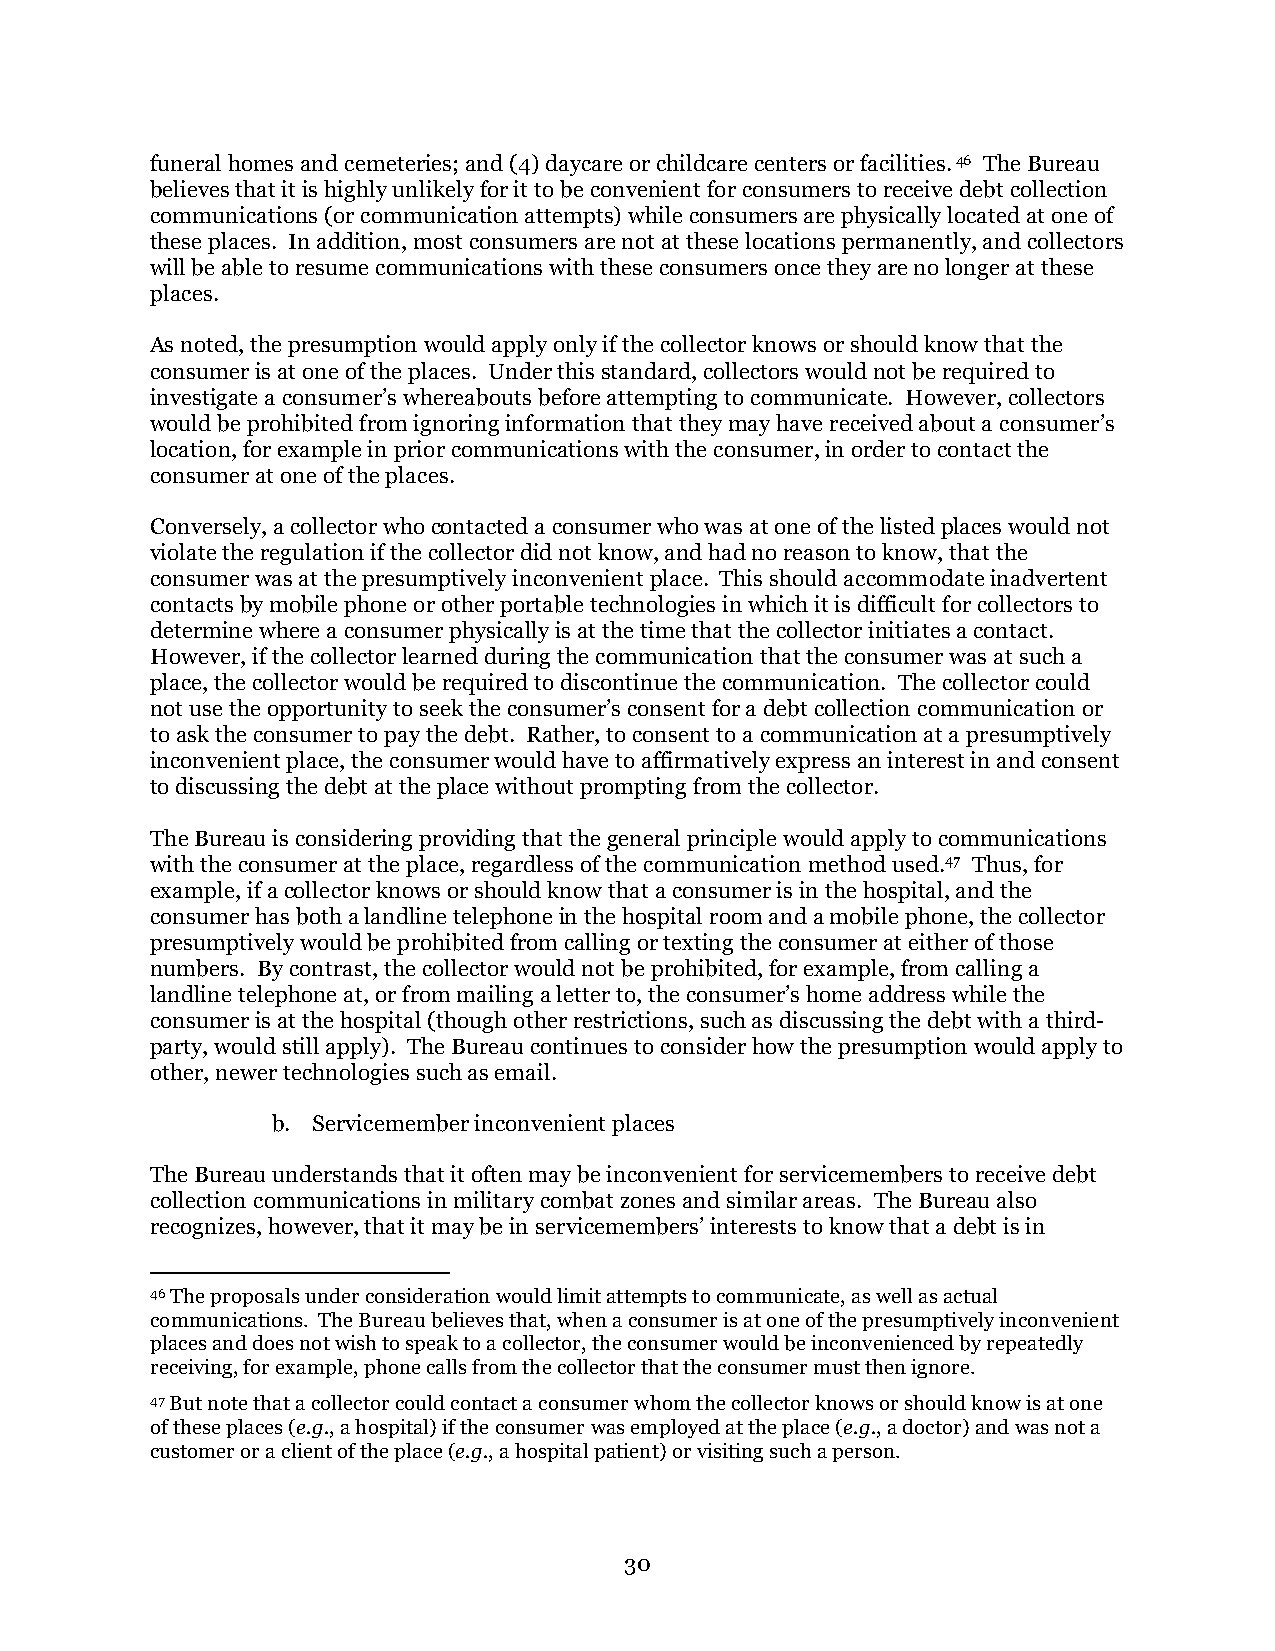
funeral homes and cemeteries; and (4) daycare or childcare centers or facilities. 46 The Bureau
 believes that it is highly unlikely for it to be convenient for consumers to receive debt collection
 communications (or communication attempts) while consumers are physically located at one of
 these places. In addition, most consumers are not at these locations permanently, and collectors
 will be able to resume communications with these consumers once they are no longer at these
 places.
 As noted, the presumption would apply only if the collector knows or should know that the
 consumer is at one of the places. Under this standard, collectors would not be required to
 investigate a consumer’s whereabouts before attempting to communicate. However, collectors
 would be prohibited from ignoring information that they may have received about a consumer’s
 location, for example in prior communications with the consumer, in order to contact the
 consumer at one of the places.
 Conversely, a collector who contacted a consumer who was at one of the listed places would not
 violate the regulation if the collector did not know, and had no reason to know, that the
 consumer was at the presumptively inconvenient place. This should accommodate inadvertent
 contacts by mobile phone or other portable technologies in which it is difficult for collectors to
 determine where a consumer physically is at the time that the collector initiates a contact.
 However, if the collector learned during the communication that the consumer was at such a
 place, the collector would be required to discontinue the communication. The collector could
 not use the opportunity to seek the consumer’s consent for a debt collection communication or
 to ask the consumer to pay the debt. Rather, to consent to a communication at a presumptively
 inconvenient place, the consumer would have to affirmatively express an interest in and consent
 to discussing the debt at the place without prompting from the collector.
 The Bureau is considering providing that the general principle would apply to communications
 with the consumer at the place, regardless of the communication method used.47 Thus, for
 example, if a collector knows or should know that a consumer is in the hospital, and the
 consumer has both a landline telephone in the hospital room and a mobile phone, the collector
 presumptively would be prohibited from calling or texting the consumer at either of those
 numbers. By contrast, the collector would not be prohibited, for example, from calling a
 landline telephone at, or from mailing a letter to, the consumer’s home address while the
 consumer is at the hospital (though other restrictions, such as discussing the debt with a third-
 party, would still apply). The Bureau continues to consider how the presumption would apply to
 other, newer technologies such as email.
 b. Servicemember inconvenient places
 The Bureau understands that it often may be inconvenient for servicemembers to receive debt
 collection communications in military combat zones and similar areas. The Bureau also
 recognizes, however, that it may be in servicemembers’ interests to know that a debt is in
 46 The proposals under consideration would limit attempts to communicate, as well as actual
 communications. The Bureau believes that, when a consumer is at one of the presumptively inconvenient
 places and does not wish to speak to a collector, the consumer would be inconvenienced by repeatedly
 receiving, for example, phone calls from the collector that the consumer must then ignore.
 47 But note that a collector could contact a consumer whom the collector knows or should know is at one
 of these places (e.g., a hospital) if the consumer was employed at the place (e.g., a doctor) and was not a
 customer or a client of the place (e.g., a hospital patient) or visiting such a person.
 30